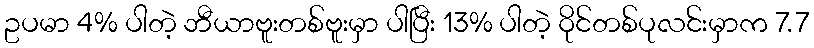
ဥပမာ 4% ပါတဲ့ ဘီယာဗူးတစ်ဗူးမှာ ပါပြီး 13% ပါတဲ့ ဝိုင်တစ်ပုလင်းမှာက 7.7